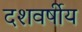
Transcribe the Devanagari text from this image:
दशवर्षीय